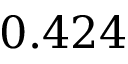
0 . 4 2 4